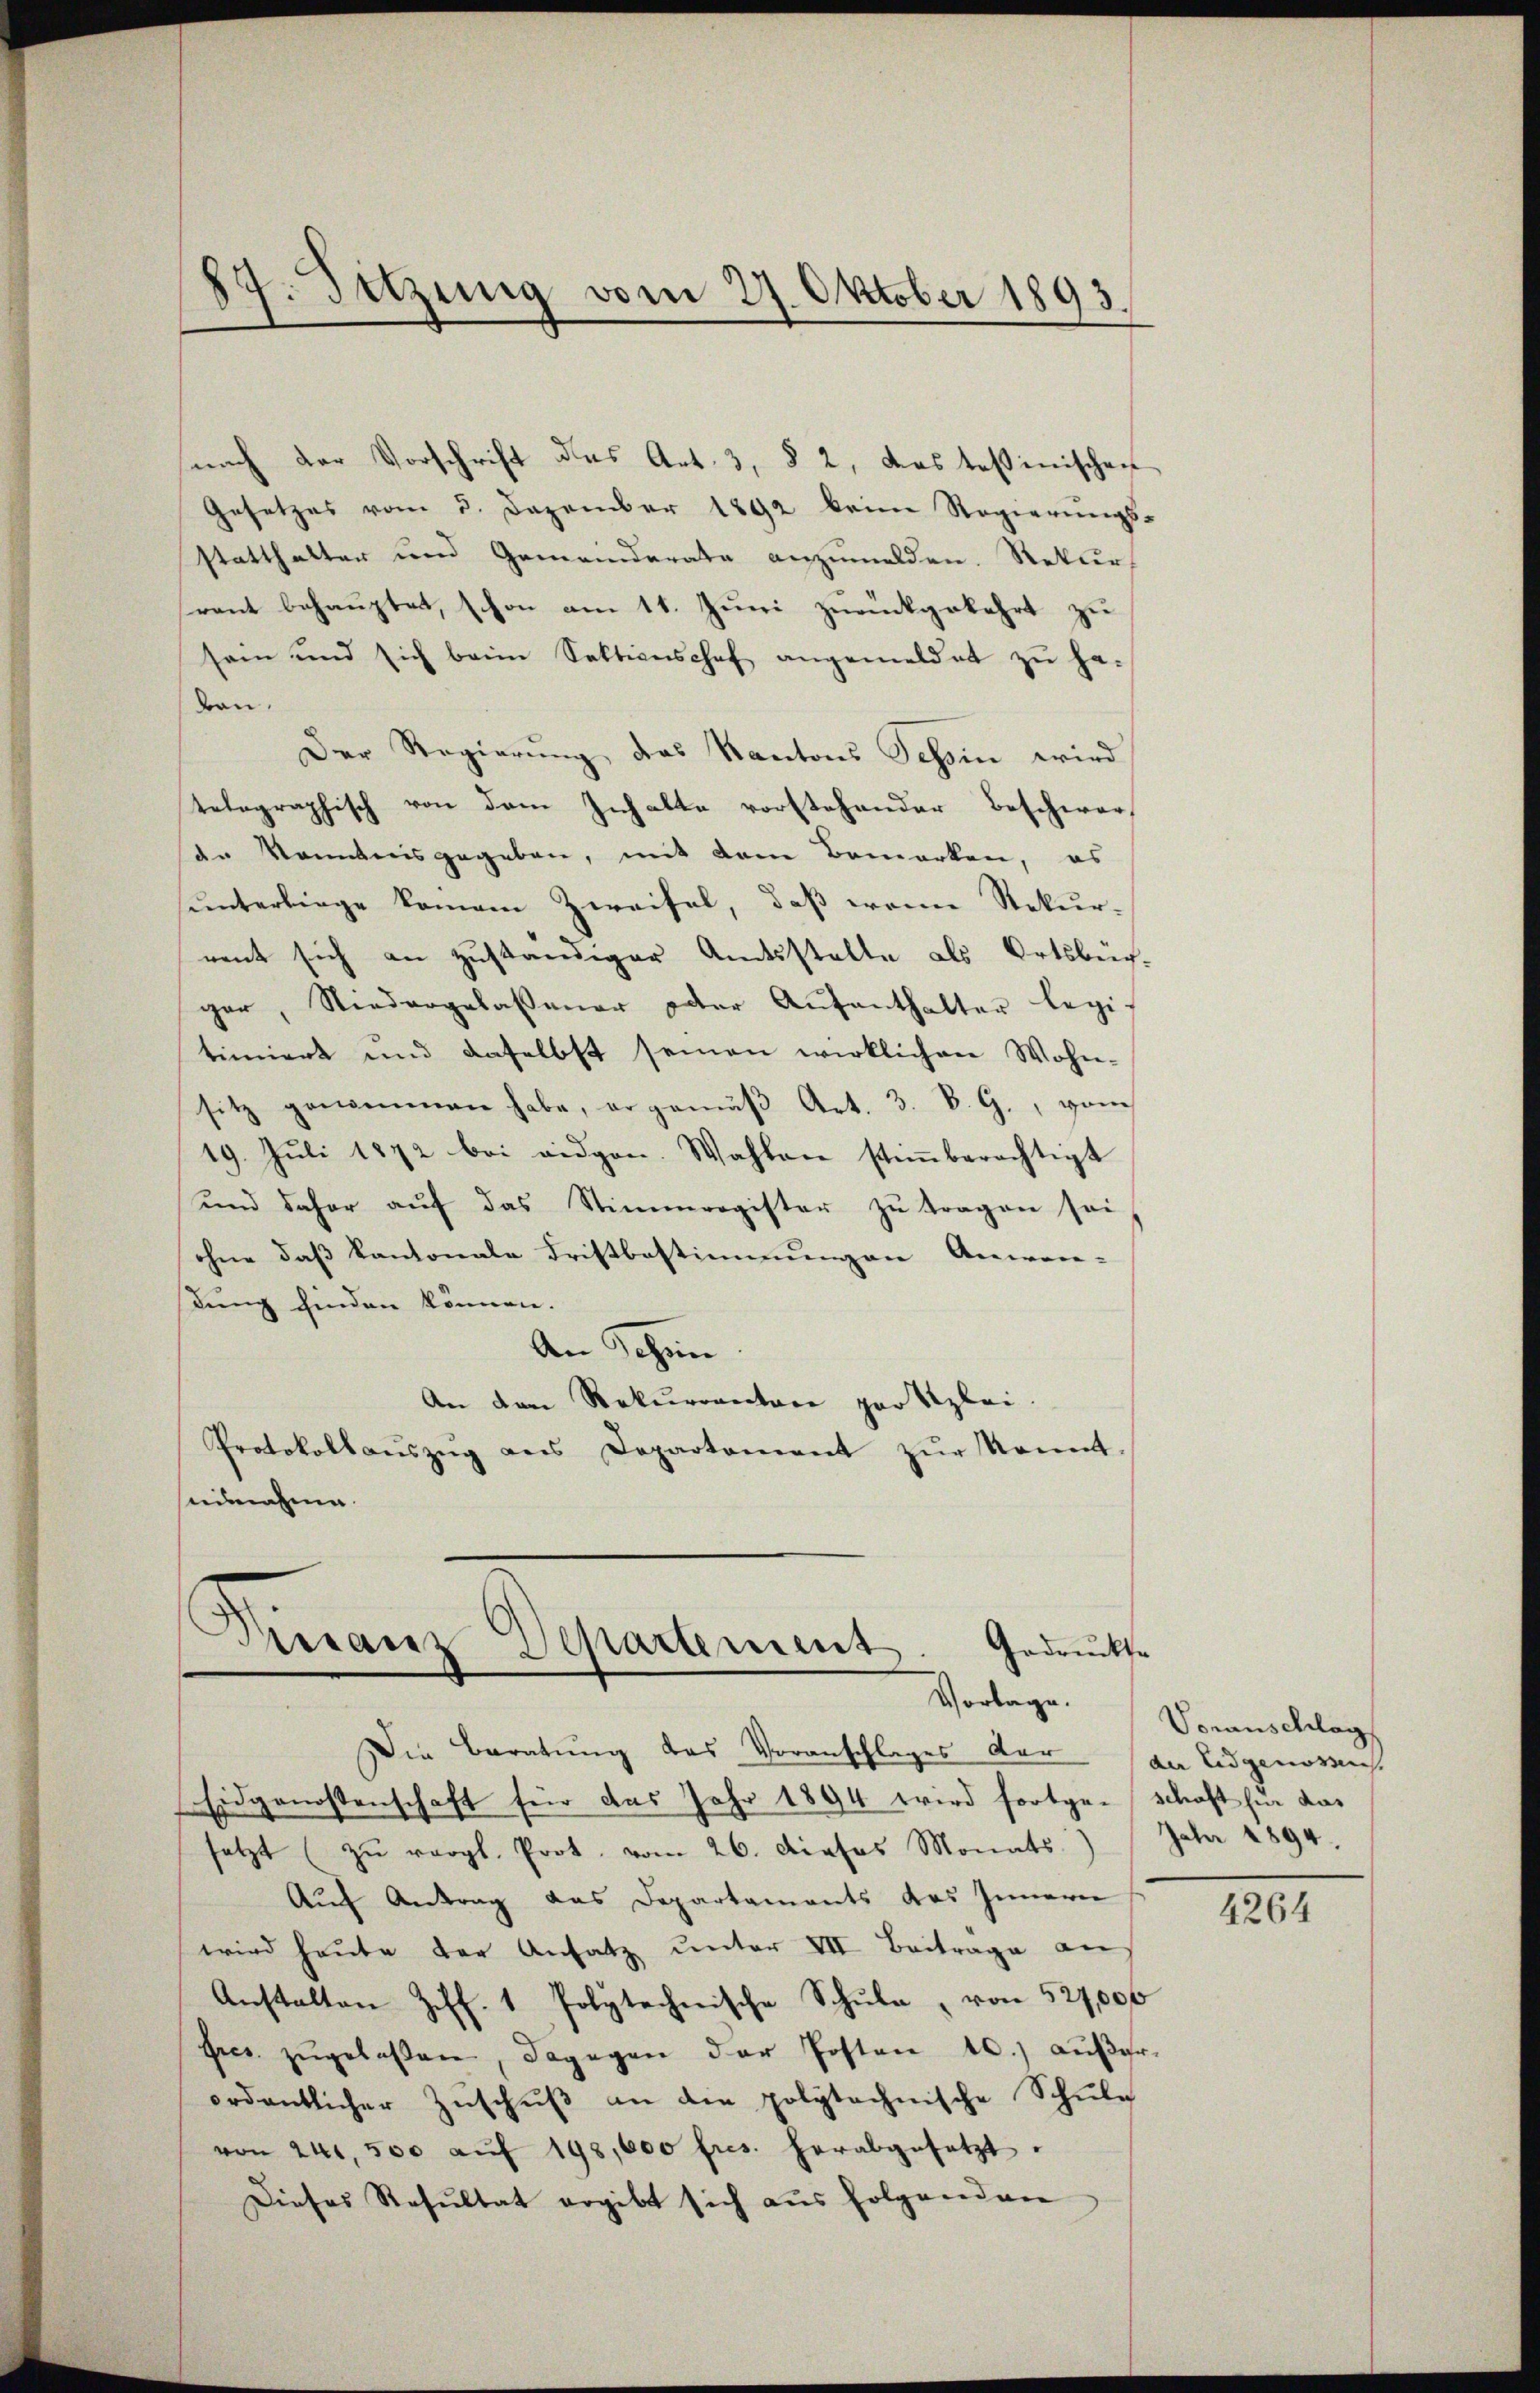
87. Sitzung vom 27. Oktober 1893.

snach der Vorschrift das Art. 3, § 2, das Teßinischen
Gesetzes vom 3. Dezember 1892 beim Regierŭngs-
statthalter und Gemeinderate anzumelden. Rekurs
rent behauptet, schon am 11. Juni zurückgekehrt zu
sein und sich beim Sektionischef angemeldet zŭ ha-
ton.
Der Regierung, das Kantons Tessin wird
telographisch von dem Inhalte vorstehender Beschwerdn Kenntnisgegeben, mit dem Bemerken, es
unterliege keinem Zweifel, daß wenn Rekurrent sich an zuständiger Amtsstelle als Ortsbuch.
ger, Niedergelassener oder Aŭfenthalter legitimiert und daselbst seinen wirklichen Wohn-
sitz genommen habe, er gemäβ Art. 3. B. G., vom
19. Juli 1872 bei eidgen. Wahlen stiṁberechtigt
und daher auf das Stimmregister zu tragen sei,
ohne das Kantonale Fristbestimmungen Anwen-
dung finden können.
An Schön.
An den Rekurrentore par Szlei.
Protokollaŭszŭg ans Departement zŭr kannt.
seinahme

Terranz Departement. Gedrückse
Vorlage.

Die Beratung des Voranschlages der der Eidgenossens.
Eidgenossenschaft für das Jahr 1894 wird fortge-Schaft für das
setzt (zŭ vergl. Prot. vom 26. Dieses Monats Jahr 1894.
Aŭf Antrag das Departaments das Innern
wird heute der Ansatz unter VII. Beiträge auf
Anstalten Ziff. 1 Polytechnische Schŭle, von 527,000
sres zŭgelassen, dagegen der Posten 10.) außer
ordentlicher Zuschŭβ an die polytechnische Schule
von 240, 500 aŭf 198,000 fres. herabgesetzt.
Dieses Resultat ergibt sich aus folgenden

Voranschlag

4264